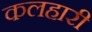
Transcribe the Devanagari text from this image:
कलहारी